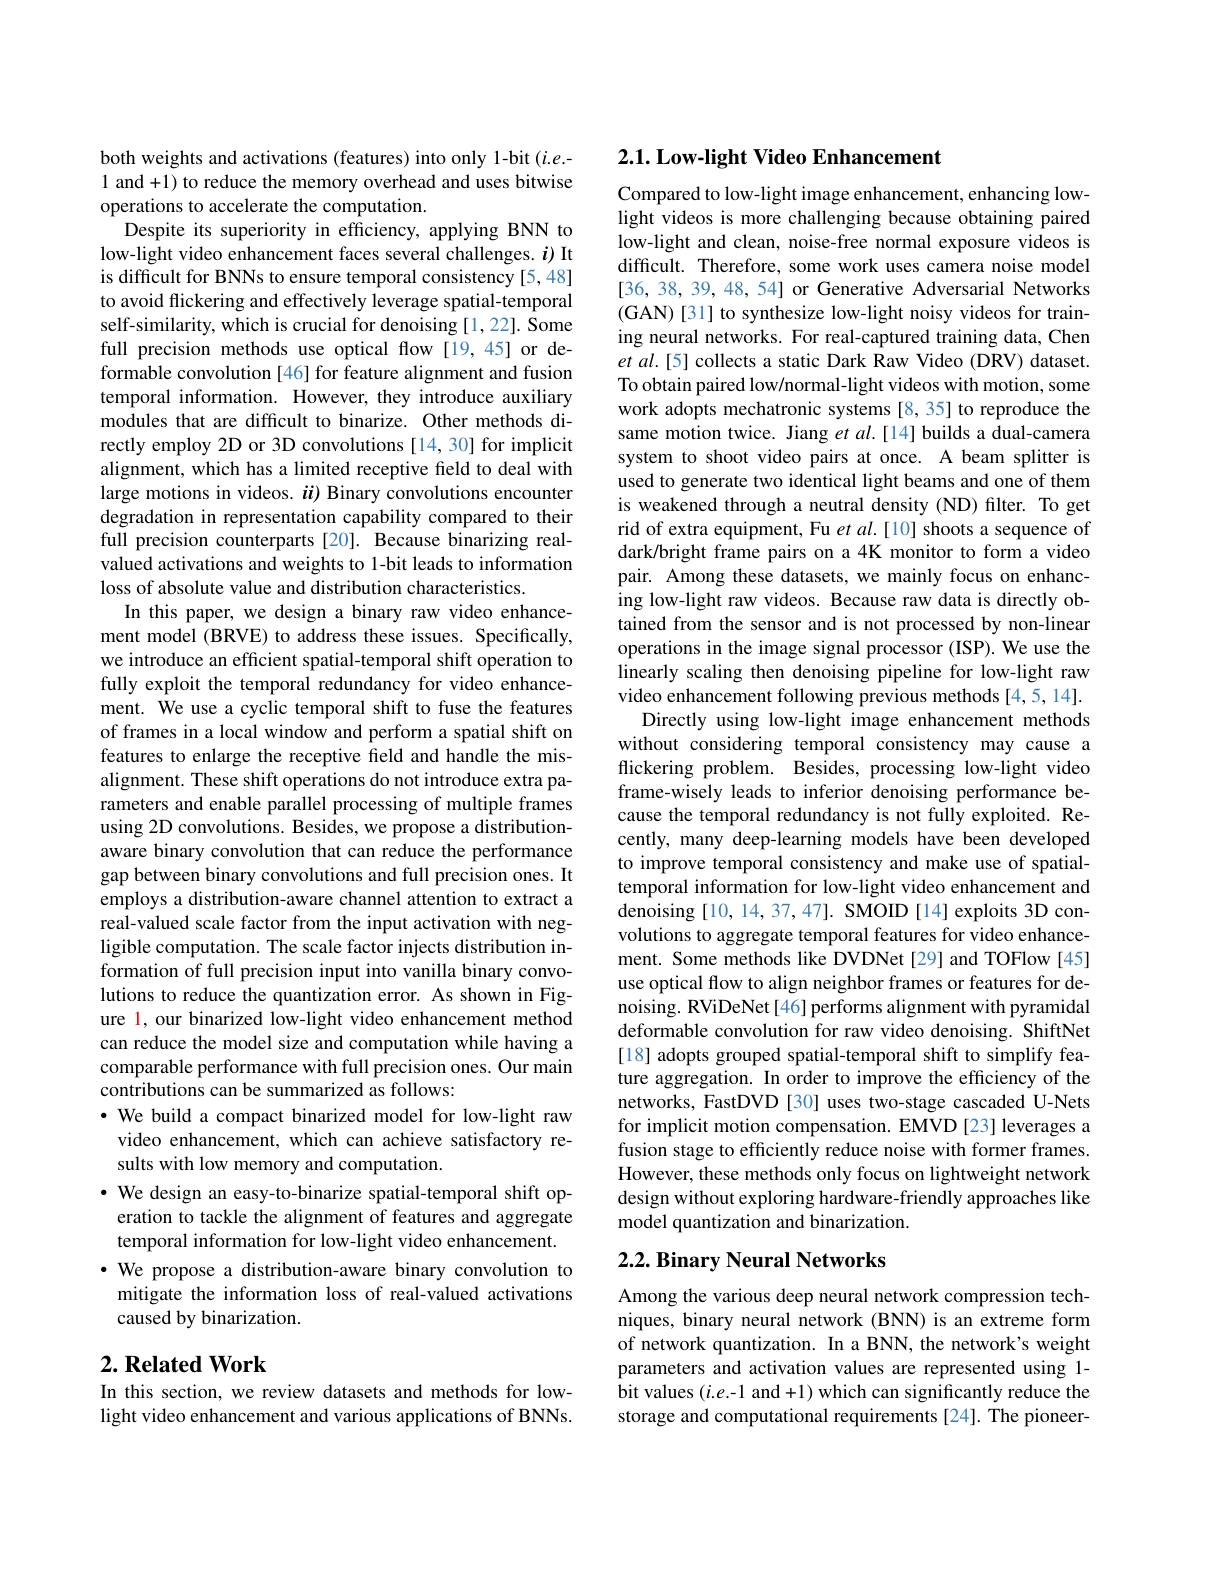
both weights and activations (features) into only 1-bit (i.e.- 1 and +1) to reduce the memory overhead and uses bitwise operations to accelerate the computation.
Despite its superiority in efficiency, applying BNN to low-light video enhancement faces several challenges. $i)$ It is difficult for BNNs to ensure temporal consistency [5,48] to avoid flickering and effectively leverage spatial-temporal self-similarity, which is crucial for denoising [1,22]. Some full precision methods use optical flow [19,45] or deformable convolution [46] for feature alignment and fusion temporal information. However, they introduce auxiliary modules that are difficult to binarize. Other methods directly employ 2D or 3D convolutions [14,30] for implicit alignment, which has a limited receptive field to deal with large motions in videos. $i\ddot{\boldsymbol{\iota}})$ Binary convolutions encounter degradation in representation capability compared to their full precision counterparts [20]. Because binarizing realvalued activations and weights to 1-bit leads to information loss of absolute value and distribution characteristics.
In this paper, we design a binary raw video enhancement model (BRVE) to address these issues. Specifically, we introduce an efficient spatial-temporal shift operation to fully exploit the temporal redundancy for video enhancement. We use a cyclic temporal shift to fuse the features of frames in a local window and perform a spatial shift on features to enlarge the receptive field and handle the misalignment. These shift operations do not introduce extra parameters and enable parallel processing of multiple frames using 2D convolutions. Besides, we propose a distributionaware binary convolution that can reduce the performance gap between binary convolutions and full precision ones. It employs a distribution-aware channel attention to extract a real-valued scale factor from the input activation with negligible computation. The scale factor injects distribution information of full precision input into vanilla binary convolutions to reduce the quantization error. As shown in Figure l, our binarized low-light video enhancement method can reduce the model size and computation while having a comparable performance with full precision ones. Our main contributions can be summarized as follows:
· We build a compact binarized model for low-light raw video enhancement, which can achieve satisfactory results with low memory and computation.
· We design an easy-to-binarize spatial-temporal shift operation to tackle the alignment of features and aggregate temporal information for low-light video enhancement. ·We propose a distribution-aware binary convolution to mitigate the information loss of real-valued activations caused by binarization.

## $2. \textbf{Related Work}$

In this section, we review datasets and methods for lowlight video enhancement and various applications of BNNs.

### $2. 1. \textbf{Low- light Video Enhancement}$

Compared to low-light image enhancement, enhancing lowlight videos is more challenging because obtaining paired low-light and clean, noise-free normal exposure videos is difficult. Therefore, some work uses camera noise model [36,38,39,48,54] or Generative Adversarial Networks (GAN) [31] to synthesize low-light noisy videos for training neural networks. For real-captured training data, Chen $et$ $al. [ 5]$ collects a static Dark Raw Video (DRV) dataset. To obtain paired low/normal-light videos with motion, some work adopts mechatronic systems[8,35] to reproduce the same motion twice. Jiang $et$ al.[14] builds a dual-camera system to shoot video pairs at once. A beam splitter is used to generate two identical light beams and one of them is weakened through a neutral density (ND) filter. To get rid of extra equipment, Fu $et$ al.[10] shoots a sequence of dark/bright frame pairs on a 4K monitor to form a video pair. Among these datasets, we mainly focus on enhancing low-light raw videos. Because raw data is directly obtained from the sensor and is not processed by non-linear operations in the image signal processor (ISP). We use the linearly scaling then denoising pipeline for low-light raw video enhancement following previous methods [4,5,14].
Directly using low-light image enhancement methods without considering temporal consistency may cause a flickering problem. Besides, processing low-light video frame-wisely leads to inferior denoising performance because the temporal redundancy is not fully exploited. Recently, many deep-learning models have been developed to improve temporal consistency and make use of spatialtemporal information for low-light video enhancement and denoising [10, 14, 37, 47]. SMOID [14] exploits 3D convolutions to aggregate temporal features for video enhancement. Some methods like DVDNet [29] and TOFlow [45] use optical flow to align neighbor frames or features for denoising. RViDeNet[46] performs alignment with pyramidal deformable convolution for raw video denoising. ShiftNet [18] adopts grouped spatial-temporal shift to simplify feature aggregation. In order to improve the efficiency of the networks, FastDVD [30] uses two-stage cascaded U-Nets for implicit motion compensation. EMVD [23] leverages a fusion stage to efficiently reduce noise with former frames. However, these methods only focus on lightweight network design without exploring hardware-friendly approaches like model quantization and binarization.

# 2.2. Binary Neural Networks

Among the various deep neural network compression techniques, binary neural network (BNN) is an extreme form of network quantization. In a BNN, the network's weight parameters and activation values are represented using 1- bit values $(i.e.-1$ and+1) which can significantly reduce the storage and computational requirements [24]. The pioneer-